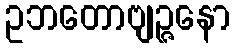
ဥဘတောဗျဉ္ဇနော